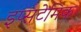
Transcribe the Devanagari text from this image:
इप्सटेमिक